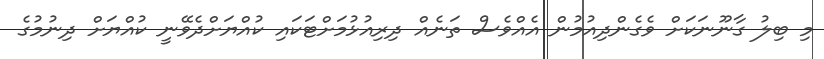
މި ބިލު ގާނޫނަކަށް ވެގެންދިއުމުން އެއްވެސް ތަނެއް ދިރިއުޅުމަށްޓަކައި ކުއްޔަށްދެވޭނީ ކުއްޔަށް ދިނުމުގެ